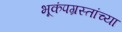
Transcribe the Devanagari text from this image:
भूकंपग्रस्तांच्या